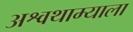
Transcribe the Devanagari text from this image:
अश्वथाम्याला